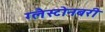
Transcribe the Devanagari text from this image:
ग्लैस्टोनबरी